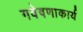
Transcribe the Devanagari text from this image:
गवेषणाकार्य